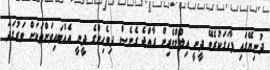
ދުނިޔޭގައި ފާހަަގަކުރެވޭ ދީނީ އިލްމްވެރިން ރާއްޖެ ގެނެސް ދިވެހިންގެ ދީނީ އެއްބައިވަންތަކަށް ވަރުގަަދަ